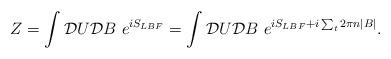
LaTeX: \begin{align*}Z = \int {\cal D}U {\cal D}B ~ e^{i S_{LBF}} = \int {\cal D}U {\cal D}B ~ e^{ i S_{LBF} + i \sum_{t} 2 \pi n |B|}.\end{align*}